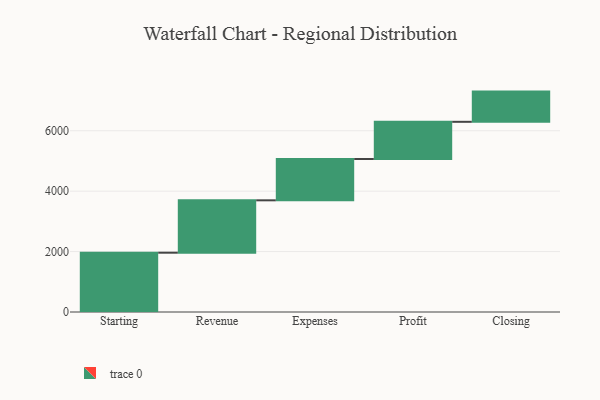
{"axis": {"x": "Step", "y": "Value"}, "legend": [""], "data": [{"x": "Starting", "y": 1963.0, "type": ""}, {"x": "Revenue", "y": 1734.0, "type": ""}, {"x": "Expenses", "y": 1368.0, "type": ""}, {"x": "Profit", "y": 1231.0, "type": ""}, {"x": "Closing", "y": 1000, "type": ""}]}